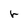
Character: r